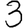
Digit: 3